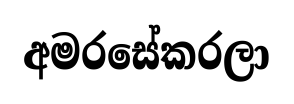
අමරසේකරලා